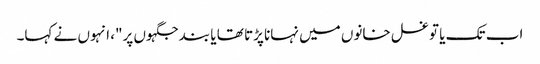
اب تک یا تو غسل خانوں میں نہانا پڑتا تھا یا بند جگہوں پر"، انہوں نے کہا۔